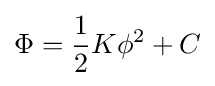
\Phi ={\frac {1}{2}}K\phi ^{2}+C